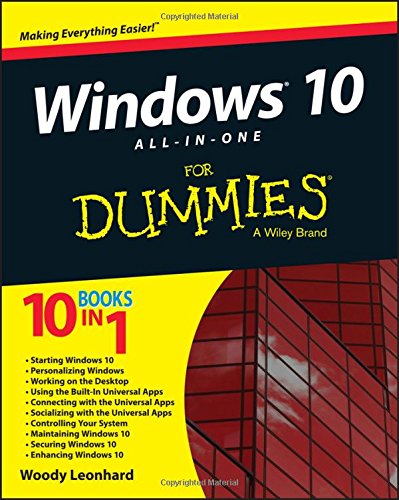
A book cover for Windows 10 All-in-One For Dummies; Woody Leonhard; Computers & Technology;